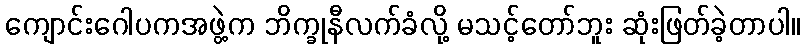
ကျောင်းဂေါပကအဖွဲ့က ဘိက္ခုနီလက်ခံလို့ မသင့်တော်ဘူး ဆုံးဖြတ်ခဲ့တာပါ။